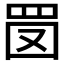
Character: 𦊔